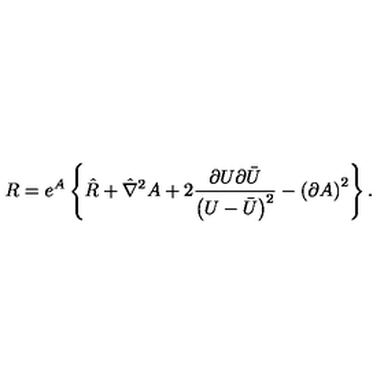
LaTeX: R = e ^ { A } \left\{ \hat { R } + \hat { \nabla } ^ { 2 } A + 2 \frac { \partial U \partial \bar { U } } { \left( U - \bar { U } \right) ^ { 2 } } - \left( \partial A \right) ^ { 2 } \right\} .